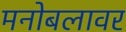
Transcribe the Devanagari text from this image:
मनोबलावर